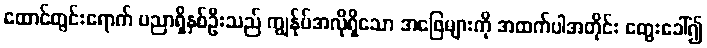
ထောင်တွင်းရောက် ပညာရှိနှစ်ဦးသည် ကျွန်ုပ်အလိုရှိသော အဖြေများကို အထက်ပါအတိုင်း တွေးခေါ်၍